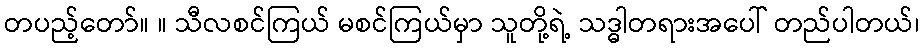
တပည့်တော်။ ။ သီလစင်ကြယ် မစင်ကြယ်မှာ သူတို့ရဲ့ သဒ္ဓါတရားအပေါ် တည်ပါတယ်၊